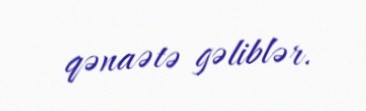
qənaətə gəliblər.